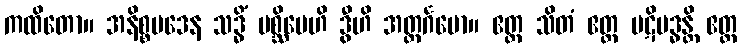
ကထိတော။ အနိစ္စပဒေန သဒ္ဓိံ ပစ္ဆိမေဟိ ဒွီဟိ အတ္ထင်္ဂမော။ ဧတ္ထ သိတံ ဧတ္ထ ပဋိဗဒ္ဓန္တိ ဧတ္ထ